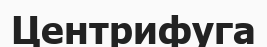
Центрифуга